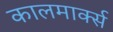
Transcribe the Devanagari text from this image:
कालमार्क्स